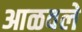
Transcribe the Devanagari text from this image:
आळवले